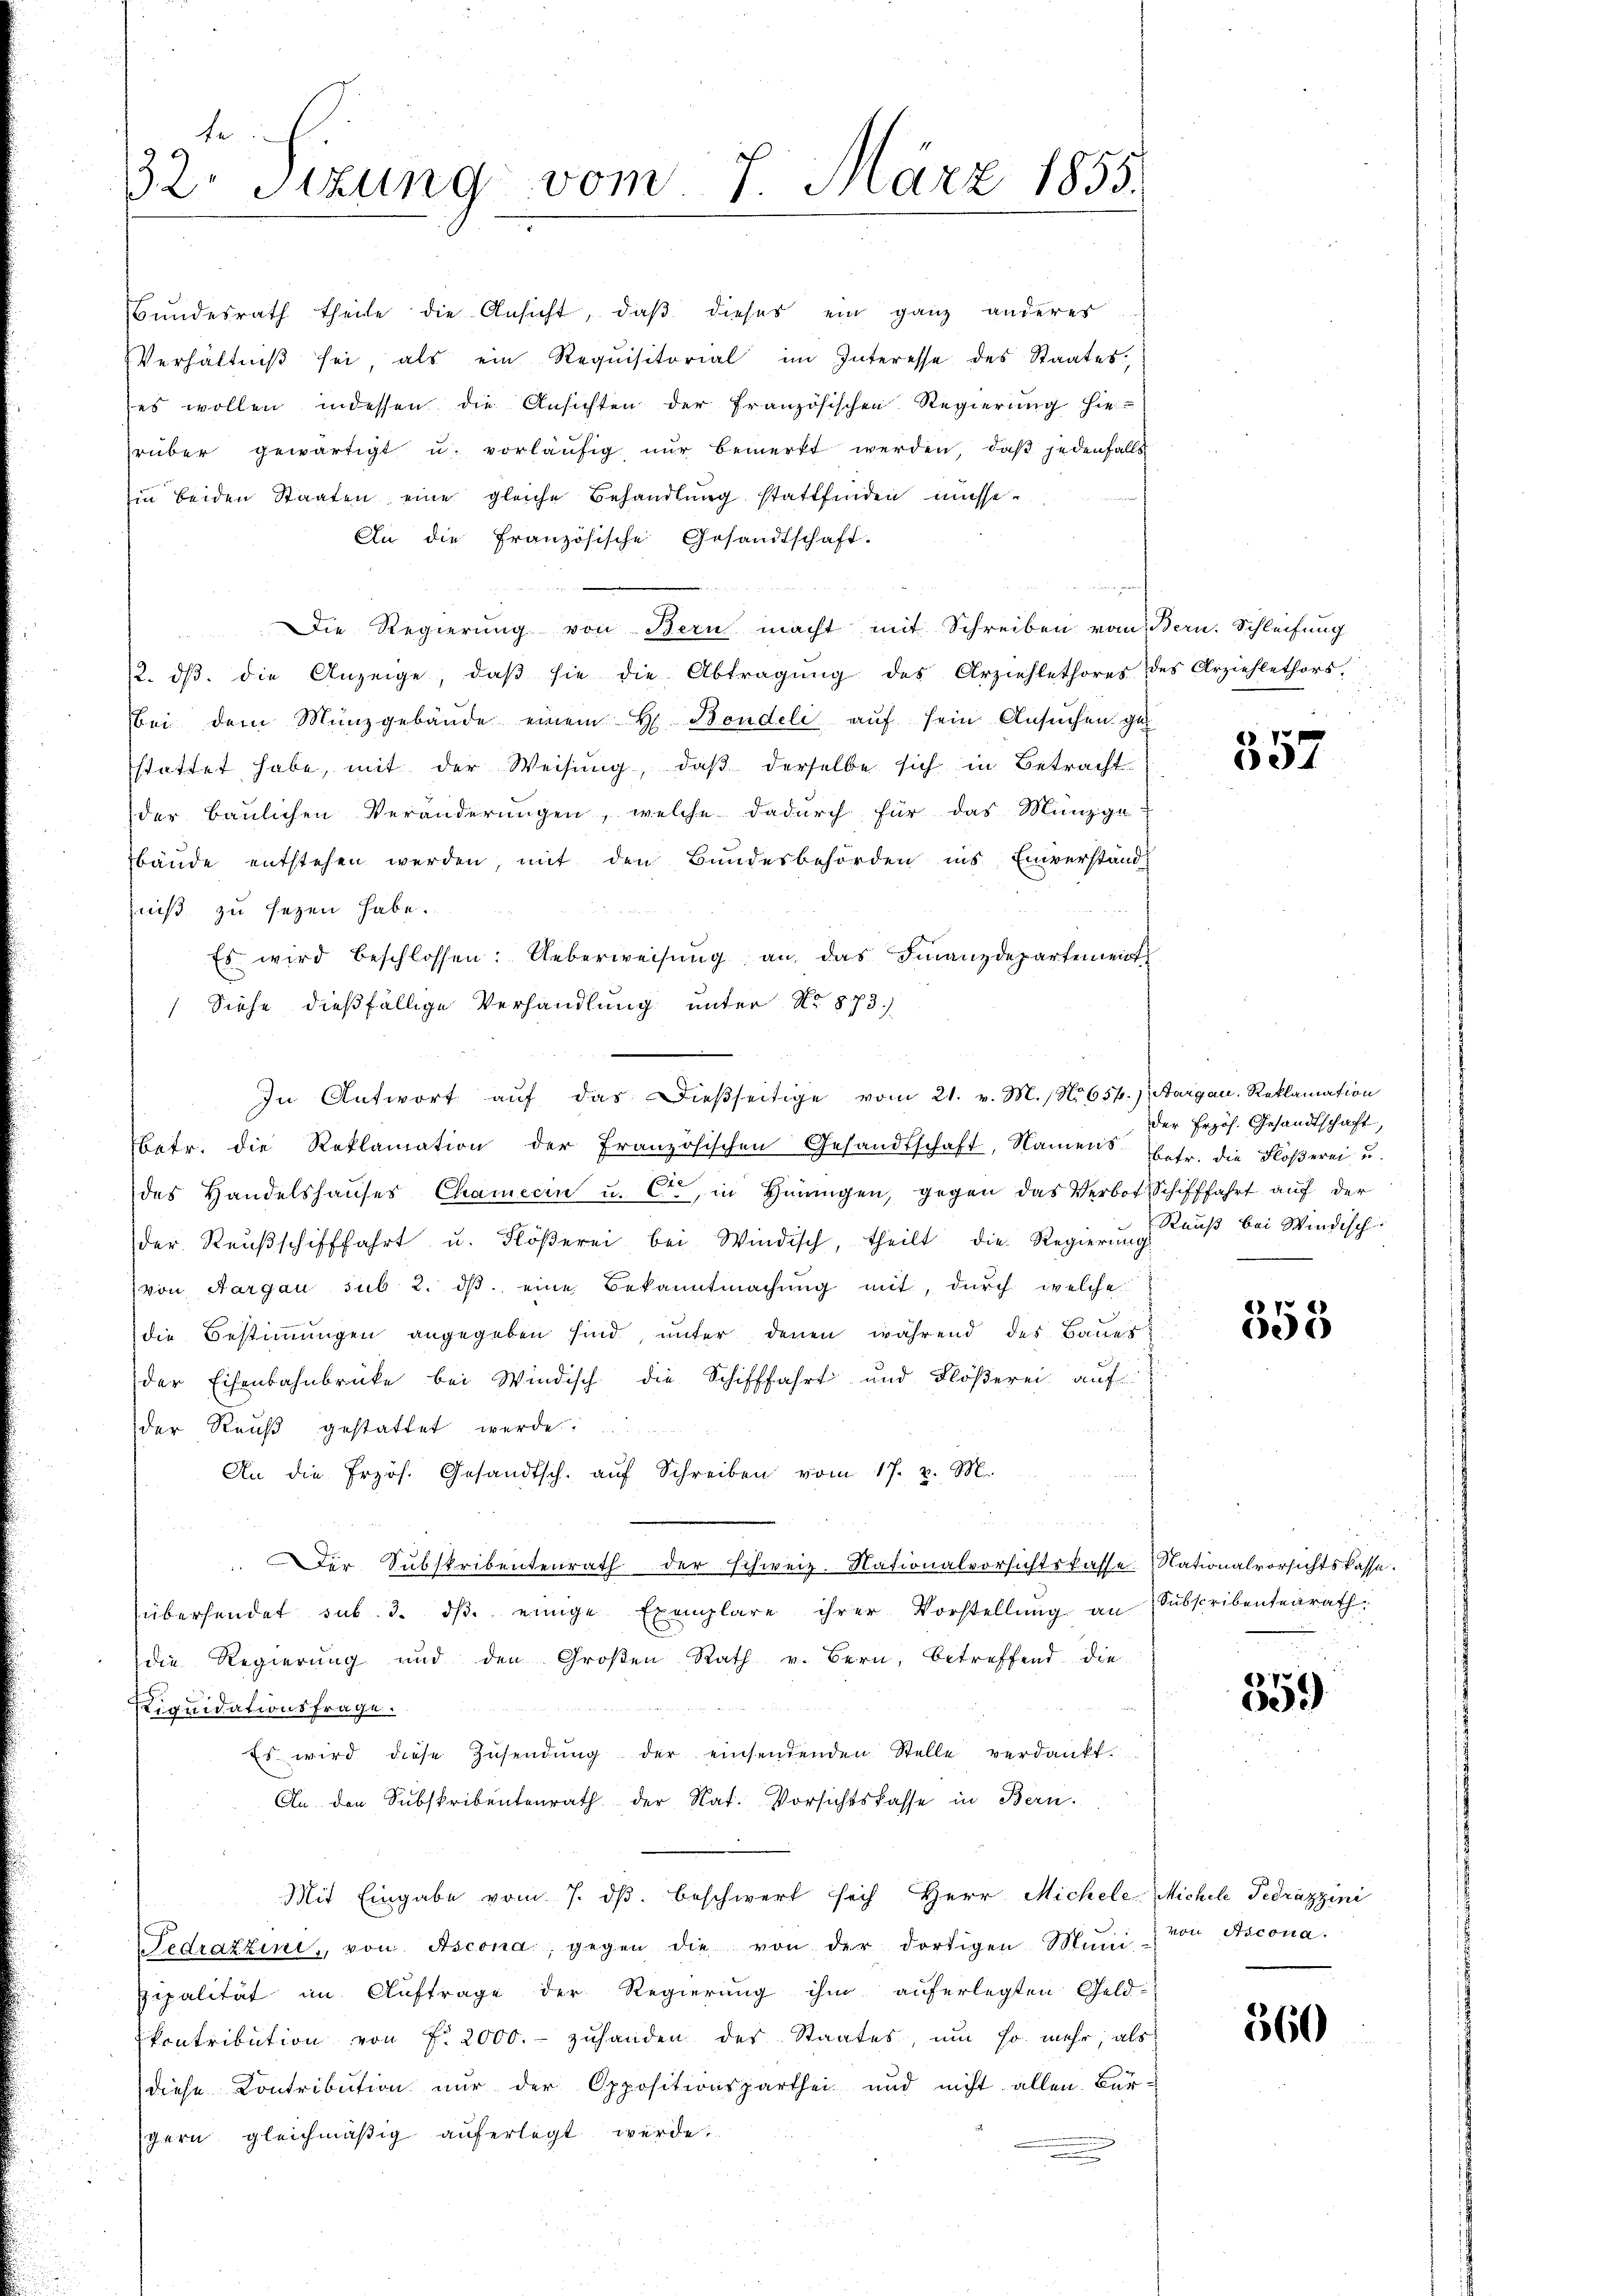
te.
32. Sitzung vom 7. März 1855.

in beiden Staaten eine gleiche Behandlung stattfinden müsse
An die Französische Gesandtschaft.
Die Regierung von Bern macht mit Schreiben vom Bern. Schleifung
2. dβ. die Anzeige, daβ sie die Abtragŭng des Erziehlethores des Arziehlethors.
bei dem Münzgebäŭde einem H. Bondeli auf sein Ansuchen gestattet habe, mit der Weisung, daß derselbe sich in Betracht
der Baulichen Veränderungen, welche dadurch für das Münzgebäude entstehen werden, mit den Bundesbehörden ins Einverstand
niß zu sezen habe.
Es wird beschlossen: Ueberweisŭng an das Finanzdepartement
Siehe dießfällige Verhandlung unter No 873)
betr. die Reklamation der Französischen Gesandtschaft, Namens betr. die Flößerei u.
des Handelshaŭses Chamecin u. Cr, in Hingen, gegen das Verbot Schifffahrt auf der
der Raŭβschifffahrt u. Flöβerei bei Windisch, theilt die Regierung auß bei Windisch
von Aargau sub. 2. dβ eine Bekanntmachung mit, durch welche
die Bestimmungen angegeben sind, unter denen während des Baues
der Eisenbahnbrücke bei Windisch die Schifffahrt und Flößerei auf
der Reuß gestattet werde
An die frzös. Gesandtsch. aŭf Schreiben vom 17. v. M.
er Substribentenrath der schweiz. Nationalvorsichtskasse. Nationalvorsichtskasse.
überhandet sub. 3. dβ einige Exemplare ihrer Vorstellŭng an Subscribentenrath
die Regierung und den Großen Rath v. Bern, betreffend die
Liquidationsfrage.
Es wird diese Zŭsendŭng der einsendenden Stelle verdankt.
An den Subskribentenrath der Rat. Vorsichtskasse in Bern.
Mit Eingabe vom 7. dβ. beschwert sich Herr Michele Michele Fedrazzini
Fedrazzini, von Ascona, gegen die von der dortigen Muni & von Ascona
zipalität im Auftrage der Regierung ihm auferlegten Geld-
kontribution von f. 2000.- zuhanden des Staates, um so mehr, als
diese Contribution nur der Oppositionsparthei und nicht allen Bürgern gleichmäßig auferlegt würde;

Bundesrath theile die Ansicht, daß dieses ein ganz anderer
Verhältniβ sei, als ein Requisitorial im Interesse des Staates
es wollen indessen die Ansichten der französischen Regierung hie-
rüber gewärtigt u. vorläŭfig nŭr bemerkt werden, daβ jedenfalls

In Antwort aŭf das dießseitige vom 21. v. M., No 654.) Aargau, Reklamation

594

der Erzös. Gesandtschaft,

558

359)

360